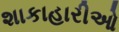
શાકાહારીઓ